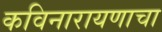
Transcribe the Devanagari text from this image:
कविनारायणाचा